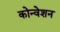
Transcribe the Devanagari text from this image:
कोन्वेशन